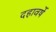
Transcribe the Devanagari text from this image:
दहावर्षे